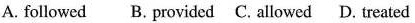
A. followed B. Provided C. Allowed D. Treated